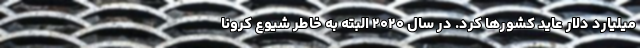
میلیارد دلار عاید کشورها کرد. در سال ۲۰۲۰ البته به خاطر شیوع کرونا